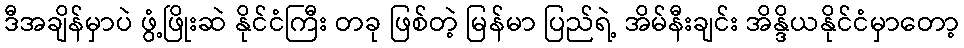
ဒီအချိန်မှာပဲ ဖွံ့ဖြိုးဆဲ နိုင်ငံကြီး တခု ဖြစ်တဲ့ မြန်မာ ပြည်ရဲ့ အိမ်နီးချင်း အိန္ဒိယနိုင်ငံမှာတော့